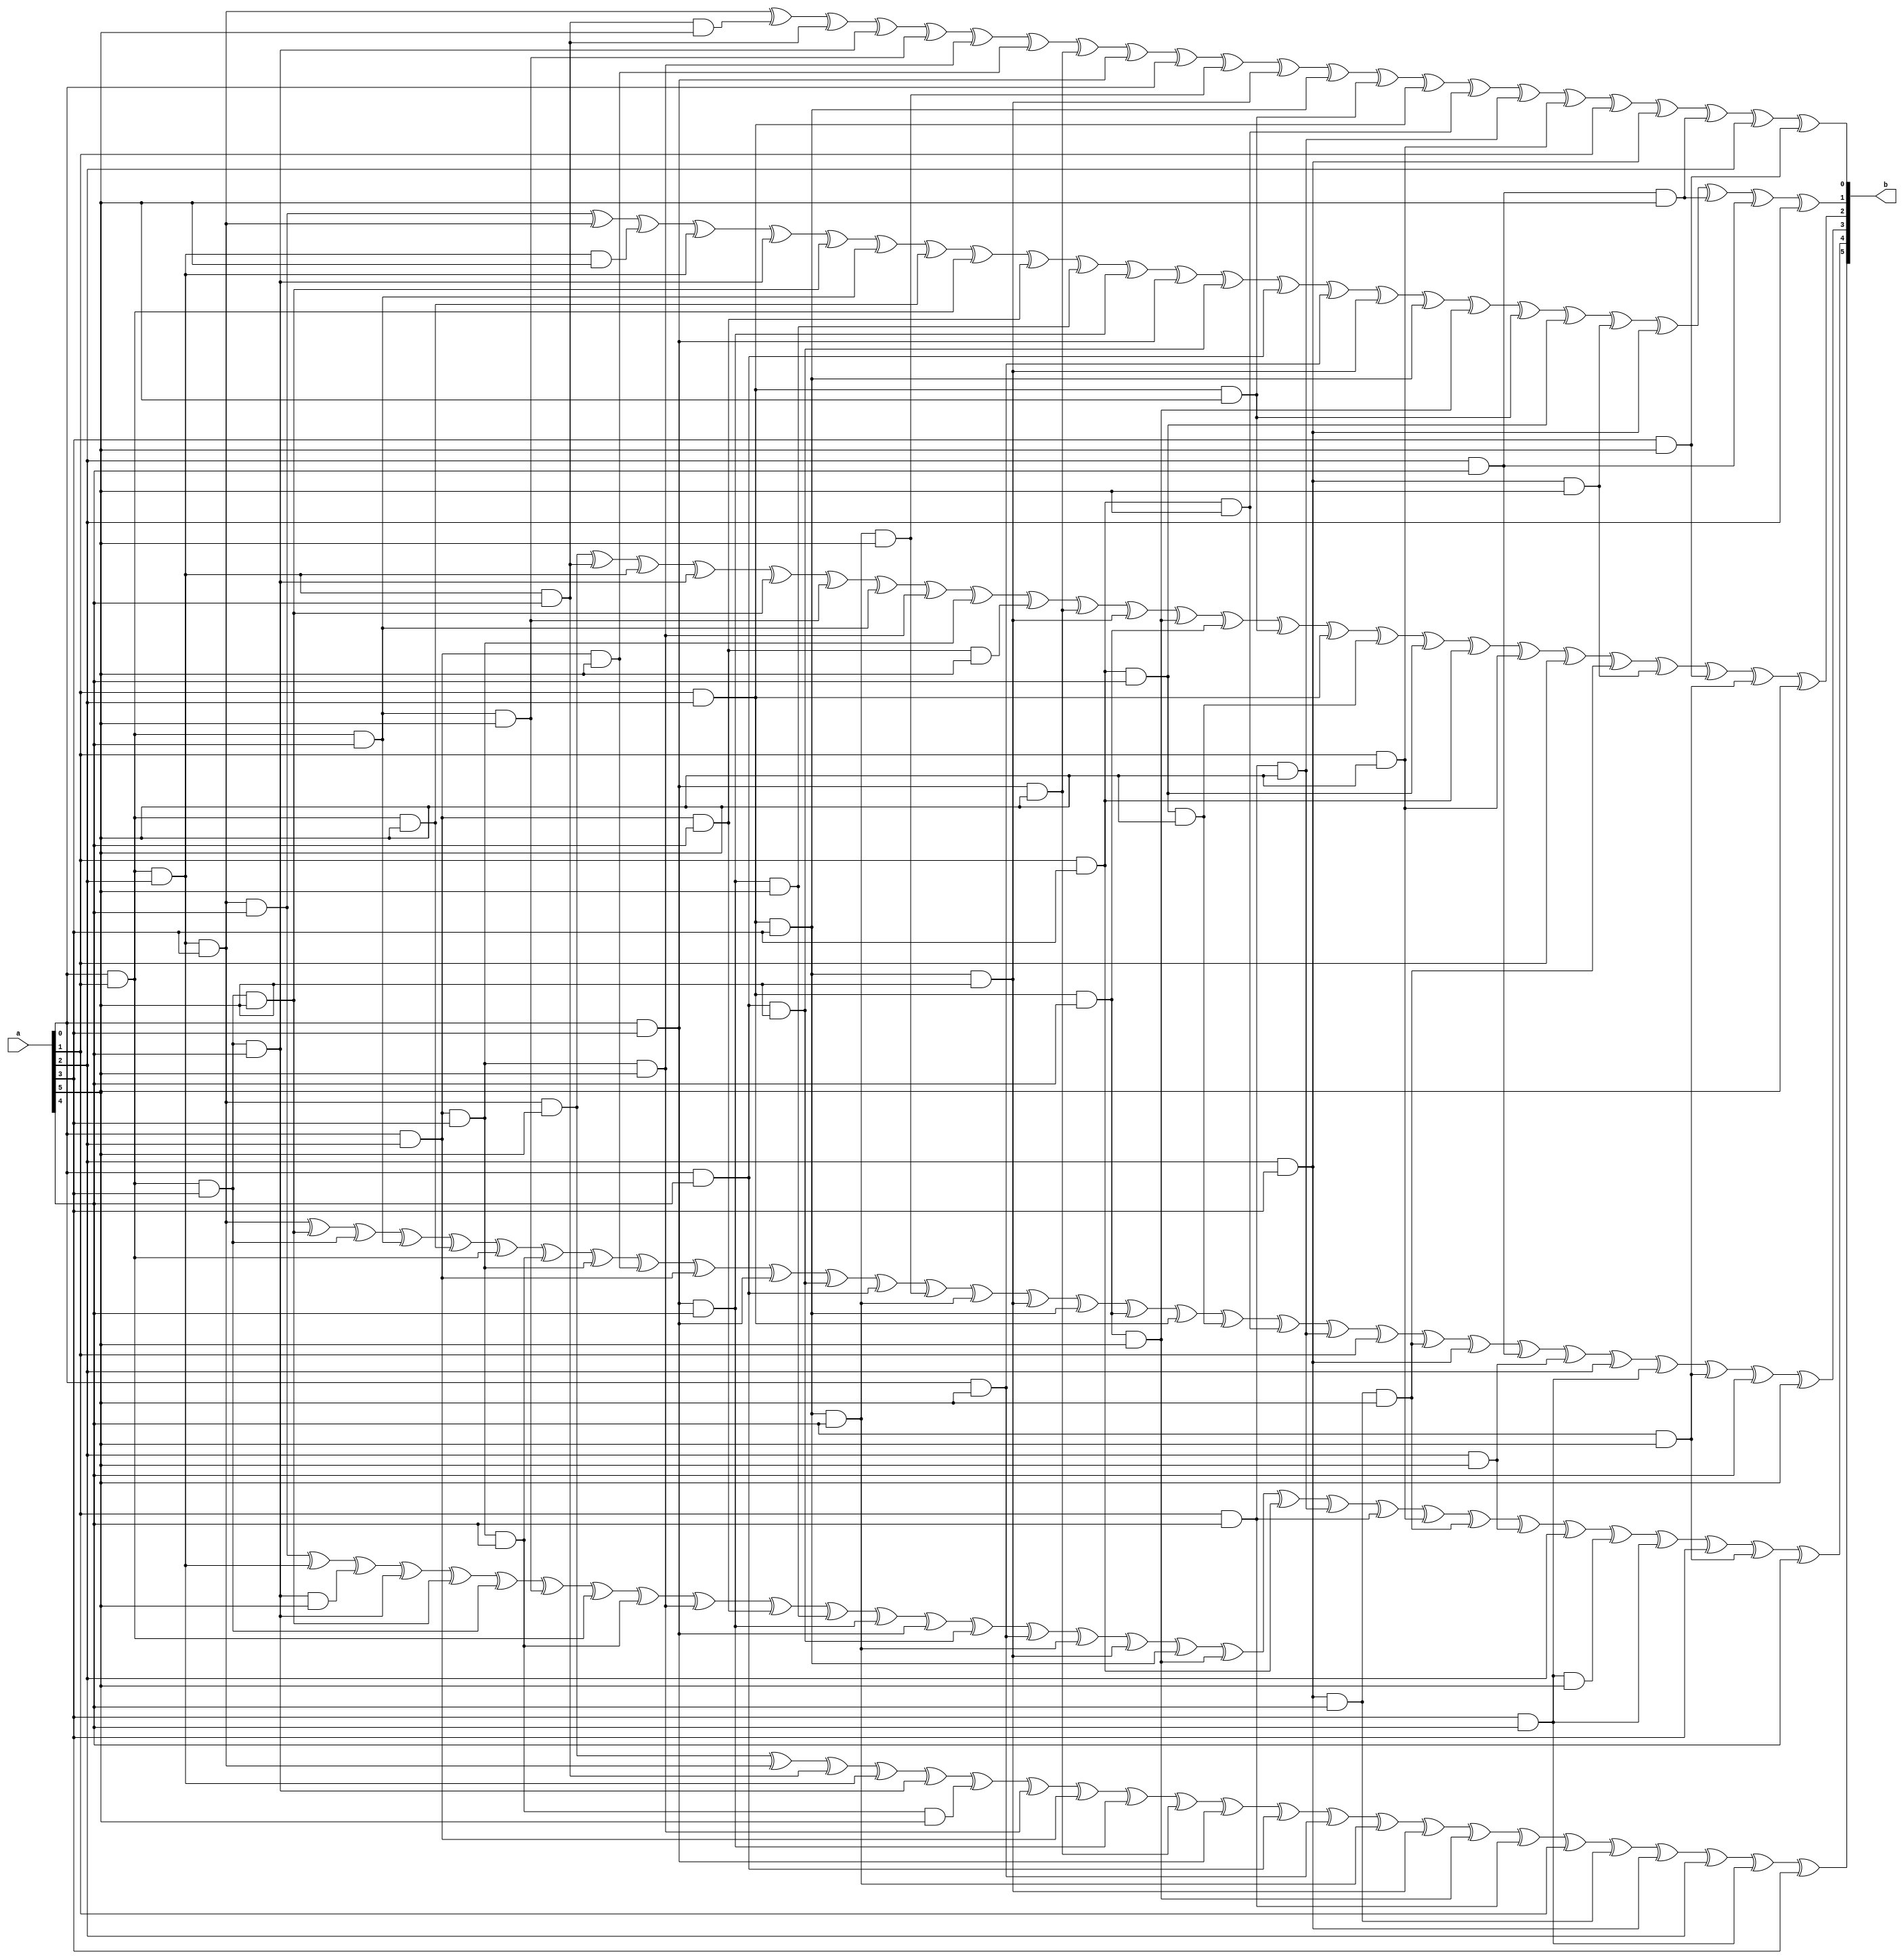
`timescale 1ns/100ps
module SMS_62_ANF(a,b);
	 input [5:0] a;
	 output [5:0] b;
	 assign b[0]=(a[0]&a[1]&a[2]&a[3]) ^ (a[0]&a[1]&a[2]&a[4]&a[5]) ^ (a[0]&a[1]&a[2]&a[4]) ^ (a[0]&a[1]&a[3]&a[4]) ^ (a[0]&a[1]&a[4]&a[5]) ^ (a[0]&a[2]&a[3]&a[5]) ^ (a[0]&a[2]&a[5]) ^ (a[0]&a[3]&a[5]) ^ (a[0]&a[3]) ^ (a[0]) ^ (a[1]&a[2]&a[3]&a[4]&a[5]) ^ (a[1]&a[2]&a[3]&a[5]) ^ (a[1]&a[2]&a[3]) ^ (a[1]&a[2]&a[5]) ^ (a[1]&a[2]) ^ (a[1]&a[3]&a[5]) ^ (a[1]&a[4]&a[5]) ^ (a[1]&a[5]) ^ (a[1]) ^ (a[2]&a[3]) ^ (a[2]&a[4]&a[5]) ^ (a[2]) ^ (a[3]&a[5]);
	 assign b[1]=(a[0]&a[1]&a[2]&a[3]&a[4]) ^ (a[0]&a[1]&a[2]&a[3]) ^ (a[0]&a[1]&a[2]&a[5]) ^ (a[0]&a[1]&a[2]) ^ (a[0]&a[1]&a[3]&a[4]) ^ (a[0]&a[1]&a[3]&a[5]) ^ (a[0]&a[1]&a[4]) ^ (a[0]&a[1]&a[5]) ^ (a[0]&a[1]) ^ (a[0]&a[2]&a[4]) ^ (a[0]&a[3]&a[4]&a[5]) ^ (a[0]&a[3]&a[4]) ^ (a[0]&a[3]) ^ (a[0]&a[4]&a[5]) ^ (a[0]&a[4]) ^ (a[0]&a[5]) ^ (a[1]&a[2]&a[3]&a[5]) ^ (a[1]&a[2]&a[3]) ^ (a[1]&a[2]&a[4]&a[5]) ^ (a[1]&a[2]&a[5]) ^ (a[1]&a[3]&a[4]) ^ (a[2]&a[3]&a[5]) ^ (a[2]&a[3]) ^ (a[2]&a[4]&a[5]) ^ (a[2]&a[4]) ^ a[2];
	 assign b[2]=(a[0]&a[1]&a[2]&a[3]&a[5]) ^ (a[0]&a[1]&a[2]&a[4]) ^ (a[0]&a[1]&a[2]) ^ (a[0]&a[1]&a[3]&a[4]) ^ (a[0]&a[1]&a[3]&a[5]) ^ (a[0]&a[1]&a[4]&a[5]) ^ (a[0]&a[1]&a[4]) ^ (a[0]&a[2]&a[3]&a[5]) ^ (a[0]&a[2]&a[3]) ^ (a[0]&a[2]&a[4]&a[5]) ^ (a[0]&a[3]&a[5]) ^ (a[1]&a[2]&a[3]&a[5]) ^ (a[1]&a[2]&a[4]&a[5]) ^ (a[1]&a[2]&a[4]) ^ (a[1]&a[2]&a[5]) ^ (a[1]&a[2]) ^ (a[1]&a[3]&a[4]&a[5]) ^ (a[1]&a[3]&a[4]) ^ (a[1]&a[3]) ^ (a[1]&a[5]) ^ (a[1]) ^ (a[2]&a[3]&a[4]&a[5]) ^ (a[2]&a[3]&a[5]) ^ (a[3]&a[5]) ^ (a[4]&a[5]) ^ a[5];
	 assign b[3]=(a[0]&a[1]&a[2]&a[3]) ^ (a[0]&a[1]&a[3]&a[5]) ^ (a[0]&a[1]&a[3]) ^ (a[0]&a[1]&a[4]) ^ (a[0]&a[1]&a[5]) ^ (a[0]&a[1]) ^ (a[0]&a[2]&a[3]&a[4]) ^ (a[0]&a[2]&a[3]) ^ (a[0]&a[2]&a[5]) ^ (a[0]&a[2]) ^ (a[0]&a[3]) ^ (a[0]&a[4]&a[5]) ^ (a[0]&a[4]) ^ (a[1]&a[2]&a[3]&a[4]&a[5]) ^ (a[1]&a[2]&a[3]&a[4]) ^ (a[1]&a[2]&a[3]&a[5]) ^ (a[1]&a[2]&a[3]) ^ (a[1]&a[2]&a[4]) ^ (a[1]&a[2]) ^ (a[1]&a[3]&a[4]&a[5]) ^ (a[1]&a[3]&a[5]) ^ (a[1]&a[4]&a[5]) ^ (a[1]) ^ (a[2]&a[3]&a[4]&a[5]) ^ (a[2]&a[3]) ^ (a[2]&a[4]) ^ (a[2]&a[5]) ^ (a[2]) ^ (a[3]&a[4]) ^ (a[4]&a[5]) ^ (a[4]) ^ a[5];
	 assign b[4]=(a[0]&a[1]&a[2]&a[3]&a[4]) ^ (a[0]&a[1]&a[2]) ^ (a[0]&a[1]&a[3]&a[4]&a[5]) ^ (a[0]&a[1]&a[3]&a[4]) ^ (a[0]&a[1]&a[3]&a[5]) ^ (a[0]&a[1]&a[3]) ^ (a[0]&a[1]&a[4]&a[5]) ^ (a[0]&a[1]) ^ (a[0]&a[2]&a[3]&a[4]) ^ (a[0]&a[2]&a[3]&a[5]) ^ (a[0]&a[2]&a[4]) ^ (a[0]&a[3]&a[4]&a[5]) ^ (a[0]&a[3]&a[4]) ^ (a[0]&a[3]) ^ (a[0]&a[4]&a[5]) ^ (a[0]&a[5]) ^ (a[1]&a[2]&a[3]&a[4]) ^ (a[1]&a[2]&a[3]&a[5]) ^ (a[1]&a[2]&a[3]) ^ (a[1]&a[2]&a[4]&a[5]) ^ (a[1]&a[3]) ^ (a[1]&a[4]&a[5]) ^ (a[1]&a[4]) ^ (a[1]&a[5]) ^ (a[2]&a[3]&a[4]&a[5]) ^ (a[2]&a[5]) ^ (a[2]) ^ (a[3]&a[4]&a[5]) ^ (a[3]&a[4]) ^ (a[3]) ^ (a[4]&a[5]) ^ a[4];
	 assign b[5]=(a[0]&a[1]&a[2]&a[3]&a[5]) ^ (a[0]&a[1]&a[2]&a[3]) ^ (a[0]&a[1]&a[2]&a[4]) ^ (a[0]&a[1]&a[2]) ^ (a[0]&a[1]&a[3]&a[4]) ^ (a[0]&a[2]&a[3]&a[4]&a[5]) ^ (a[0]&a[2]&a[3]&a[5]) ^ (a[0]&a[2]) ^ (a[0]&a[3]&a[4]) ^ (a[0]&a[3]&a[5]) ^ (a[0]&a[3]) ^ (a[0]&a[4]) ^ (a[0]&a[5]) ^ (a[1]&a[2]&a[3]&a[4]) ^ (a[1]&a[2]&a[3]&a[5]) ^ (a[1]&a[2]&a[4]&a[5]) ^ (a[1]&a[4]) ^ (a[1]) ^ (a[2]&a[3]&a[4]) ^ (a[2]&a[3]) ^ (a[2]) ^ (a[3]&a[4]) ^ a[3];
endmodule